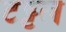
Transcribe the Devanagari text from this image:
टट्टल